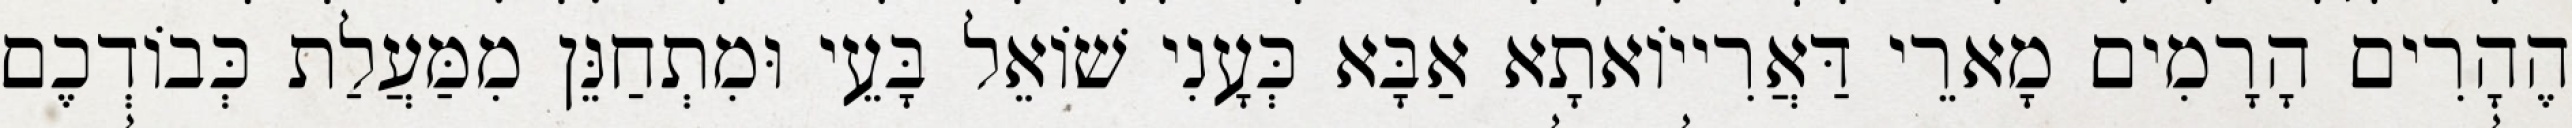
הֶהָרִים הָרָמִים מָארֵי דַּאֲרִייוֹאתָא אַבָּא כְּעָנִי שׁוֹאֵל בָּעֵי וּמִתְחַנֵּן מִמַּעֲלַת כְּבוֹדְכֶם